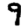
Digit: 9